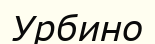
Урбино